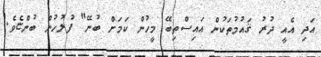
އަދި އެއީ ދުރު ޤައުމުތަކުން އައިސްތިބޭ މީހުން ކަމަށް ބުނޭ" ފުލުހުން ބުންޏެވެ.